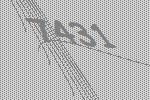
7431